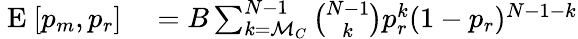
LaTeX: \begin{array}{rl}{\mathrm{~E~}[p_{m},p_{r}]}&{{}=B\sum_{k=\mathcal{M}_{C}}^{N-1}{\binom{N-1}{k}}p_{r}^{k}(1-p_{r})^{N-1-k}}\end{array}